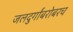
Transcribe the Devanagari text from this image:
जलदुर्गांबरोबरच